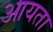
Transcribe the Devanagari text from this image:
आयता